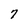
Character: 7